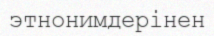
этнонимдерінен